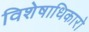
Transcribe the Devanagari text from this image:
विशेषाधिकारो